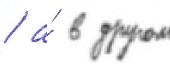
/ а́ в другом